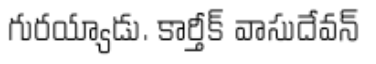
గురయ్యాడు. కార్తీక్ వాసుదేవన్